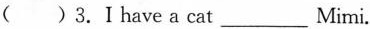
( )3.I have a cat___Mimi.